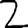
Digit: 2